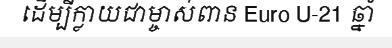
ដើម្បីក្លាយជាម្ចាស់ពាន Euro U-21 ឆ្នាំ